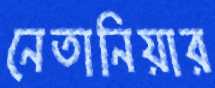
নেতানিয়ার